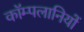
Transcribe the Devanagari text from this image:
कॉम्पलानियों